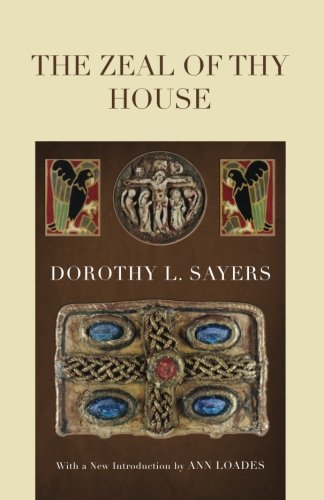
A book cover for The Zeal of thy House:; Dorothy L. Sayers; Literature & Fiction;